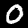
Label: 0